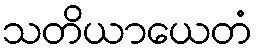
သတိယာယေတံ